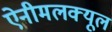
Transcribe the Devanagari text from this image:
ऐनीमलक्यूल